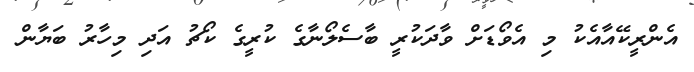
އެންރީކޭއާއެކު މި އެވޯޑަށް ވާދަކުރީ ބާސެލޯނާގެ ކުރީގެ ކޯޗު އަދި މިހާރު ބަޔާން